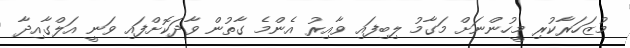
މުޒަހަރާކުރި މީހުންނަށް މަގާމު ލިބިފައި ވާއިރު އެންމެ ގާތުން ވާދަކޮށްފައި ވަނީ އަލްގާއިދާ